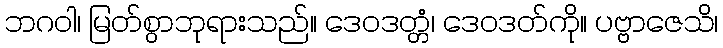
ဘဂဝါ၊ မြတ်စွာဘုရားသည်။ ဒေဝဒတ္တံ၊ ဒေဝဒတ်ကို။ ပဗ္ဗာဇေသိ၊